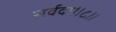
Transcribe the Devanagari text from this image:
सर्वदा॥८॥